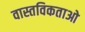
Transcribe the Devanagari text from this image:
वास्तविकताओ